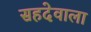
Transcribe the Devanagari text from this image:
सहदेवाला